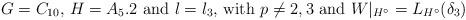
LaTeX: \begin{align*}\mbox{$G = C_{10}$, $H = A_5.2$ and $\l=\l_3$, with $p \neq 2,3$ and $W|_{H^{\circ}} = L_{H^{\circ}}(\delta_3)$}\end{align*}